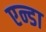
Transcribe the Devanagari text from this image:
एन्डा